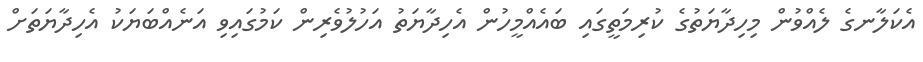
އެކަލާނގެ ލެއްވުން މިހިދާޔަތުގެ ކުރިމަތީގައި ބައެއްމީހުން އެހިދާޔަތު އަހުލުވެރިން ކަމުގައިވި އަނެއްބަޔަކު އެހިދާޔަތަށް